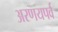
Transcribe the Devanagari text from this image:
अरणयपर्व